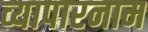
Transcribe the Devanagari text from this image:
व्यापारनाम